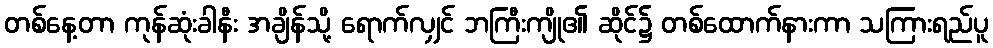
တစ်နေ့တာ ကုန်ဆုံးခါနီး အချိန်သို့ ရောက်လျှင် ဘကြီးကျို၏ ဆိုင်၌ တစ်ထောက်နားကာ သကြားရည်ပူ